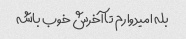
بله امیدوارم تا آخرش خوب باشه